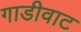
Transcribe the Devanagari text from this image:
गाडीवाट